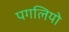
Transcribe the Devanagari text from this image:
पगलियो